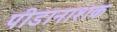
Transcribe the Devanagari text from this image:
पीडानाशक